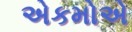
એકમોએ